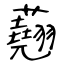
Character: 𧄍